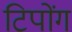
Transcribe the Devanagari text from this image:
टिपोंग